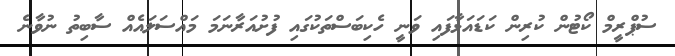
ސުޕްރީމް ކޯޓުން ކުރިން ކަޑައަޅާފައި ވަނީ ހެކިބަސްތަކުގައި ފުށުއަރާނަމަ މައްސަލައެއް ސާބިތު ނުވާނެ